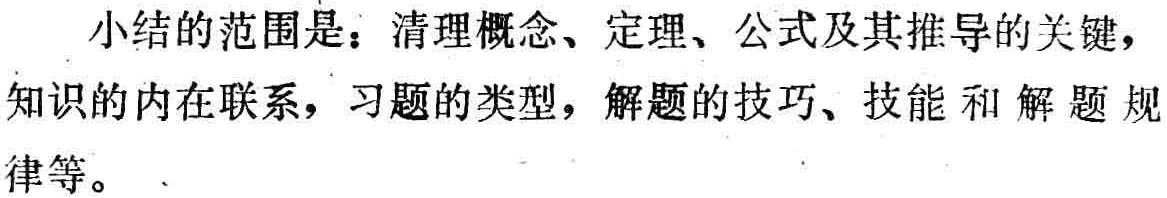
小结的范围是：清理概念、定理、公式及其推导的关键，知识的内在联系，习题的类型，解题的技巧、技能和解题规律等。